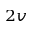
_ { 2 v }